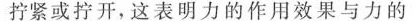
拧紧或拧开，这表明力的作用效果与力的